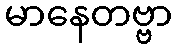
မာနေတဗ္ဗာ